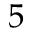
5